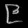
Digit: ၉